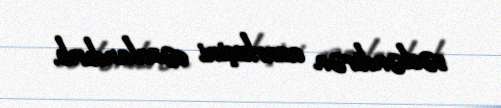
səsləndirən azarkeşini cəzalandırıb.